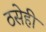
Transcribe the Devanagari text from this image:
ठसेही